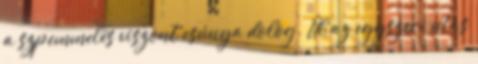
a szpemmelés viszont csúnya dolog. Ül az egyszeri utas